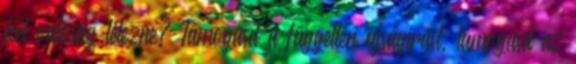
két valóság létezne? Támogasd a független újságírást, támogasd az